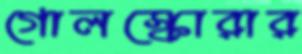
গোলস্কোরার